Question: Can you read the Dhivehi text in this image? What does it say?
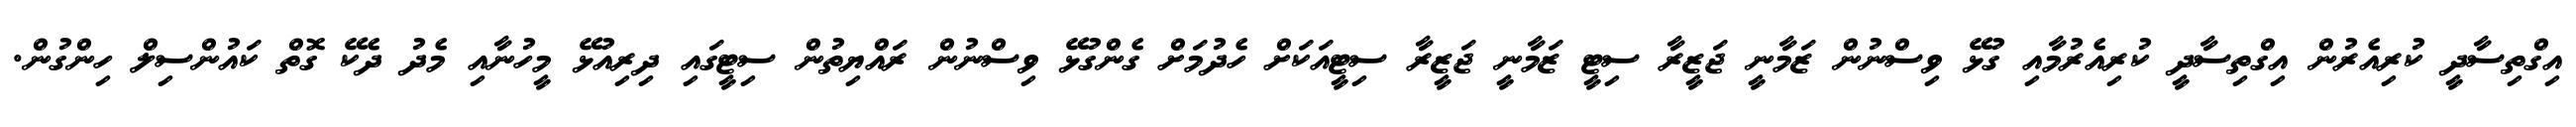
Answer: އިގްތިސާދީ ކުރިއެރުން އިގްތިސާދީ ކުރިއެރުމާއި ގުޅޭ ވިސްނުން ޒަމާނީ ޖަޒީރާ ސިޓީ ޒަމާނީ ޖަޒީރާ ސިޓީއަކަށް ހެދުމަށް ގެންގުޅޭ ވިސްނުން ރައްޔިތުން ސިޓީގައި ދިރިއުޅޭ މީހުނާއި މެދު ދެކޭ ގޮތް ކައުންސިލް ހިންގުން.